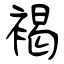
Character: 褐